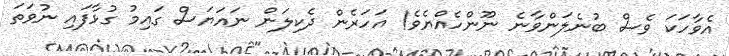
އެވާހަކަ ވެސް ބުނެލަންވާނެ ނޫންހެއްޔެވެ! އަހަރެން ދެކިލަން ނައަޔަސް ގައިމު ގުޅާފައި ނުވަތަ